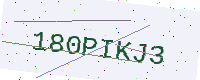
Text: 180PIKJ3